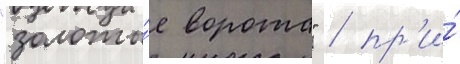
"золоты́е ворота" / пр'и́